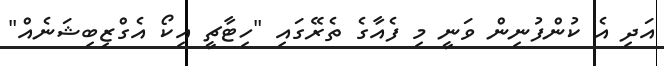
އަދި އެ ކުންފުނިން ވަނީ މި ފެއާގެ ތެރޭގައި "ހިޓާޗީ އިކޯ އެގްޒިބިޝަނެއް"